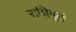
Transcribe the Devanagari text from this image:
राशिमूलं